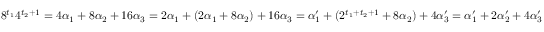
8 ^ { t _ { 1 } } 4 ^ { t _ { 2 } + 1 } = 4 \alpha _ { 1 } + 8 \alpha _ { 2 } + 1 6 \alpha _ { 3 } = 2 \alpha _ { 1 } + ( 2 \alpha _ { 1 } + 8 \alpha _ { 2 } ) + 1 6 \alpha _ { 3 } = \alpha _ { 1 } ^ { \prime } + ( 2 ^ { t _ { 1 } + t _ { 2 } + 1 } + 8 \alpha _ { 2 } ) + 4 \alpha _ { 3 } ^ { \prime } = \alpha _ { 1 } ^ { \prime } + 2 \alpha _ { 2 } ^ { \prime } + 4 \alpha _ { 3 } ^ { \prime }